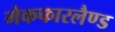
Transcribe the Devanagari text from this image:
मेकफारलैण्ड